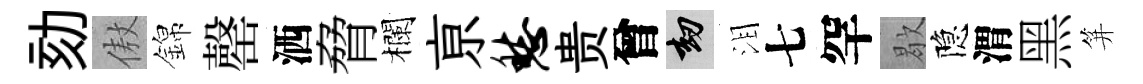
劾傲錦罄洒脅欄亰愁贵曾劫泪七罕歇隐渭黑笄